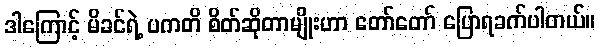
ဒါကြောင့် မိခင်ရဲ့ ပကတိ စိတ်ဆိုတာမျိုးဟာ တော်တော် ပြောရခက်ပါတယ်။